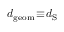
d _ { \mathrm { g e o m } } \! \equiv \! d _ { \mathrm { S } }